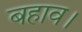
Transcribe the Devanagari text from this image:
बहाव।